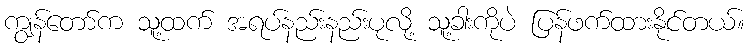
ကျွန်တော်က သူ့ထက် အရပ်နည်းနည်းပုလို့ သူ့ခါးကိုပဲ ပြန်ဖက်ထားနိုင်တယ်။